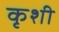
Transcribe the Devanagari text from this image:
कृशी